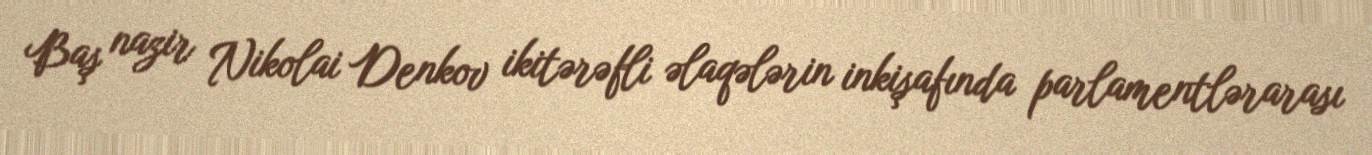
Baş nazir Nikolai Denkov ikitərəfli əlaqələrin inkişafında parlamentlərarası